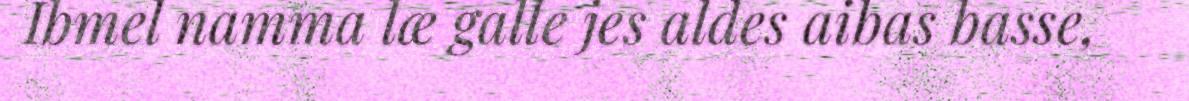
Ibmel namma læ galle jes aldes aibas basse,